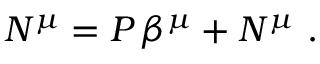
N ^ { \mu } = P \, \beta ^ { \mu } + { \cal N } ^ { \mu } ~ .